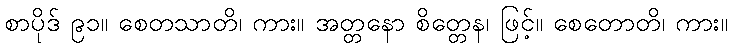
စာပိုဒ် ၉၁။ စေတသာတိ၊ ကား။ အတ္တနော စိတ္တေန၊ ဖြင့်။ စေတောတိ၊ ကား။